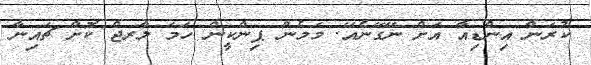
ކުރަން އިންޑިއާ އަށް ނޭގޭނެއޭ. މަމެން ޕިންކީން ހަމަ ލާރޖް ކޮށް ޗައިނާ